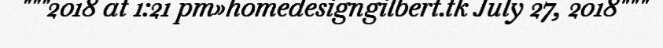
"""2018 at 1:21 pm»homedesigngilbert.tk July 27, 2018"""